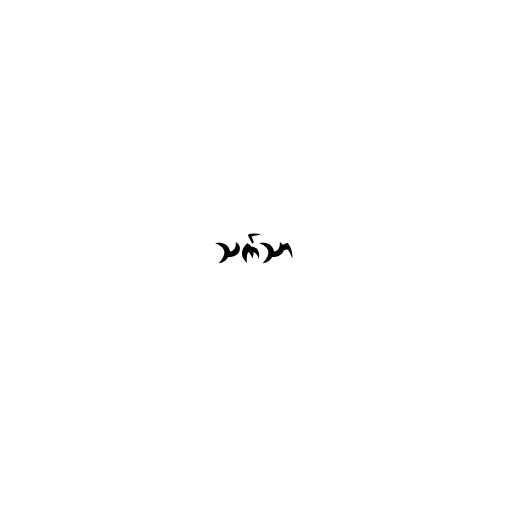
သက်သာ